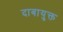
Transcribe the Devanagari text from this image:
दाबायुक्त